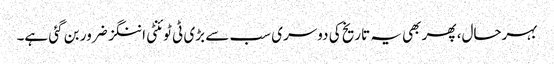
بہرحال، پھر بھی یہ تاریخ کی دوسری سب سے بڑی ٹی ٹوئنٹی اننگز ضرور بن گئی ہے۔